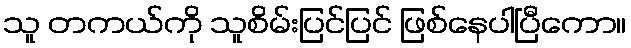
သူ တကယ်ကို သူစိမ်းပြင်ပြင် ဖြစ်နေပါပြီကော။